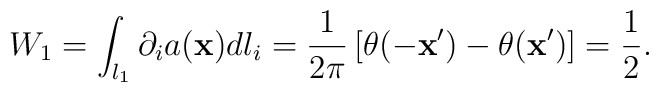
W_{1}=\int_{l_{1}}\partial_{i}a({\bf x}) dl_{i}=\frac{1}{2\pi}\left[\theta(-{\bf x}')-\theta({\bf x}')\right]=\frac{1}{2}.